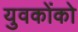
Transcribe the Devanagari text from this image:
युवकोंको